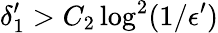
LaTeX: \delta_{1}^{\prime}>C_{2}\log^{2}(1/\epsilon^{\prime})